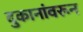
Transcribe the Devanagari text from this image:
दुकानांवरून